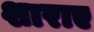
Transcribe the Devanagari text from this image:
शाराए